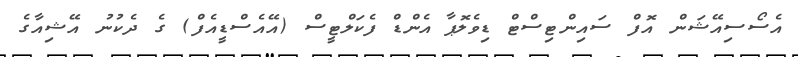
އެސޯސިއޭޝަން އޮފް ސައިންޓިސްޓް ޑިވެލޮޕާ އެންޑް ފެކަލްޓީސް (އޭއެސްޑީއެފް) ގެ ދެކުނު އޭޝިއާގެ